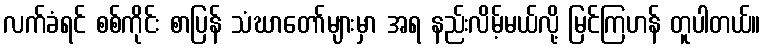
လက်ခံရင် စစ်ကိုင်း စာပြန် သံဃာတော်များမှာ အရ နည်းလိမ့်မယ်လို့ မြင်ကြဟန် တူပါတယ်။